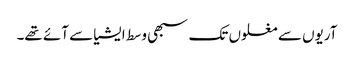
آریوں سے مغلوں تک سبھی وسط ایشیا سے آئے تھے۔